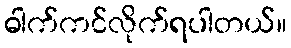
ဓါက်ကင်လိုက်ရပါတယ်။